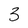
Character: 3